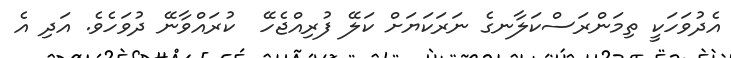
އެދުވަހަކީ ތިމަންރަސްކަލާނގެ ނަރަކަޔަށް ކަލޭ ފުރިއްޖެހޭ  ކުރައްވާނޭ ދުވަހެވެ. އަދި އެ